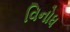
વિનોધ